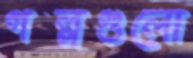
গল্পগুলো